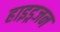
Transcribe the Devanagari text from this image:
हाइड्रजन